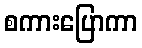
စကားပြောကာ